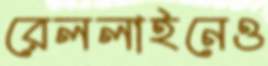
রেললাইনেও